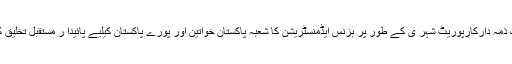
جناح یونیورسٹی برائے خواتین ایک ذمہ دارکارپوریٹ شہر ی کے طور پر بزنس ایڈمنسٹریشن کا شعبہ پاکستان خواتین اور پورے پاکستان کیلیے پائیدا ر مستقبل تخلیق کرنے میں اپنا کردار ادا کر رہا ہے۔